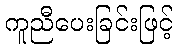
ကူညီပေးခြင်းဖြင့်